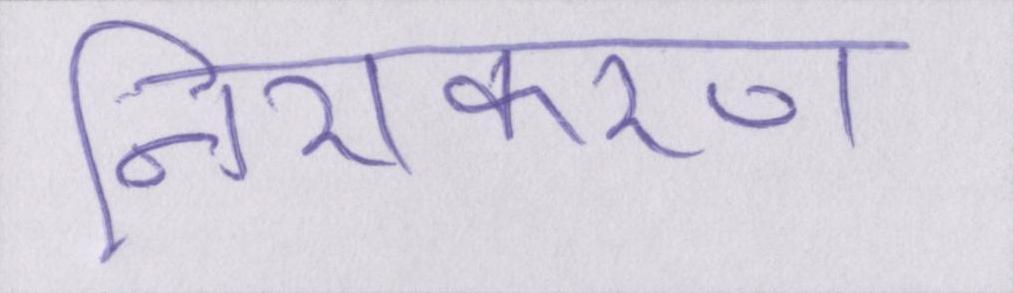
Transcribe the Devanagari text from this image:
निराकरण